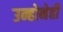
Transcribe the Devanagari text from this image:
उन्होनेही